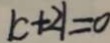
\vert c + 2 \vert = 0